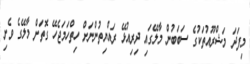
މިފަދަ މަޝްރޫއުތަކުގެ ސަބަބުން މާލޭގައި ދިރިއުޅޭ ރައްޔިތުންނަށް ހިތްހަމަޖެހޭ ގޮތަށް މާލޭގެ ވެށި